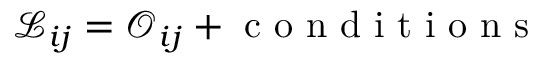
\begin{array} { r } { \mathscr { L } _ { i j } = \mathscr { O } _ { i j } + \mathrm { ~ c ~ o ~ n ~ d ~ i ~ t ~ i ~ o ~ n ~ s ~ } } \end{array}